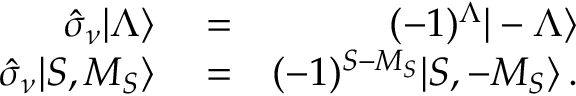
\begin{array} { r l r } { \hat { \sigma } _ { \nu } | \Lambda \rangle } & { { } = } & { ( - 1 ) ^ { \Lambda } | - \Lambda \rangle } \\ { \hat { \sigma } _ { \nu } | S , M _ { S } \rangle } & { { } = } & { ( - 1 ) ^ { S - M _ { S } } | S , - M _ { S } \rangle \, . } \end{array}